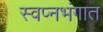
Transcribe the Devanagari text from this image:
स्वप्नभंगात